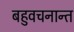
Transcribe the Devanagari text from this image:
बहुवचनान्त